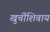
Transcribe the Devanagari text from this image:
खुर्चीशिवाय